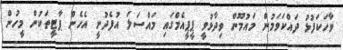
ވާހަކަފުޅު ދައްކަވަމުން މައުމޫން ވިދާޅުވީ ޕީޕީއެމްގައި މައްސަލަ އުފެދުނީ އެހެން ޕާޓީތަކުން މީހުން